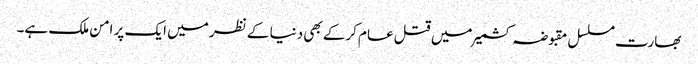
بھارت مسلسل مقبوضہ کشمیر میں قتل عام کرکے بھی دنیا کے نظر میں ایک پر امن ملک ہے۔